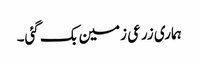
ہماری زرعی زمین بک گئی۔